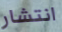
انتشار